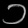
Digit: ၁